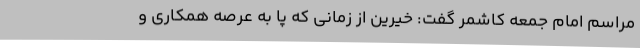
مراسم امام‌ جمعه کاشمر گفت: خیرین از زمانی که پا به عرصه همکاری و